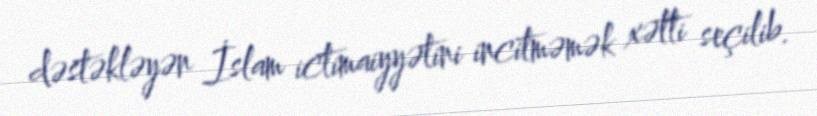
dəstəkləyən İslam ictimaiyyətini incitməmək xətti seçilib.